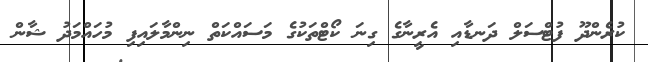
ކުރެންދޫ ފުޓްސަލް ދަނޑާއި އެރީނާގެ ގިނަ ކޯޓްތަކުގެ މަސައްކަތް ނިންމާލައިފި މުހައްމަދު ޝާން